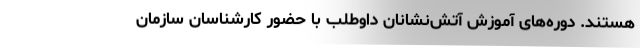
هستند. دوره‌های آموزش آتش‌نشانان داوطلب با حضور کارشناسان سازمان